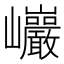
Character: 𰏂